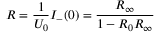
R = \frac { 1 } { U _ { 0 } } I _ { - } ( 0 ) = \frac { R _ { \infty } } { 1 - R _ { 0 } R _ { \infty } }